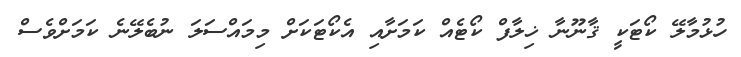
ހުޅުމާލޭ ކޯޓަކީ ޤާނޫނާ ޚިލާފް ކޯޓެއް ކަމަށާއި އެކޯޓަކަށް މިމައްސަލަ ނުބެލޭނެ ކަމަށްވެސް